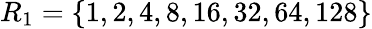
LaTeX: R_{1}=\left\{ 1,2,4,8,16,32,64,128\right\}